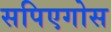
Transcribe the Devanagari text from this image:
सपिएगोस